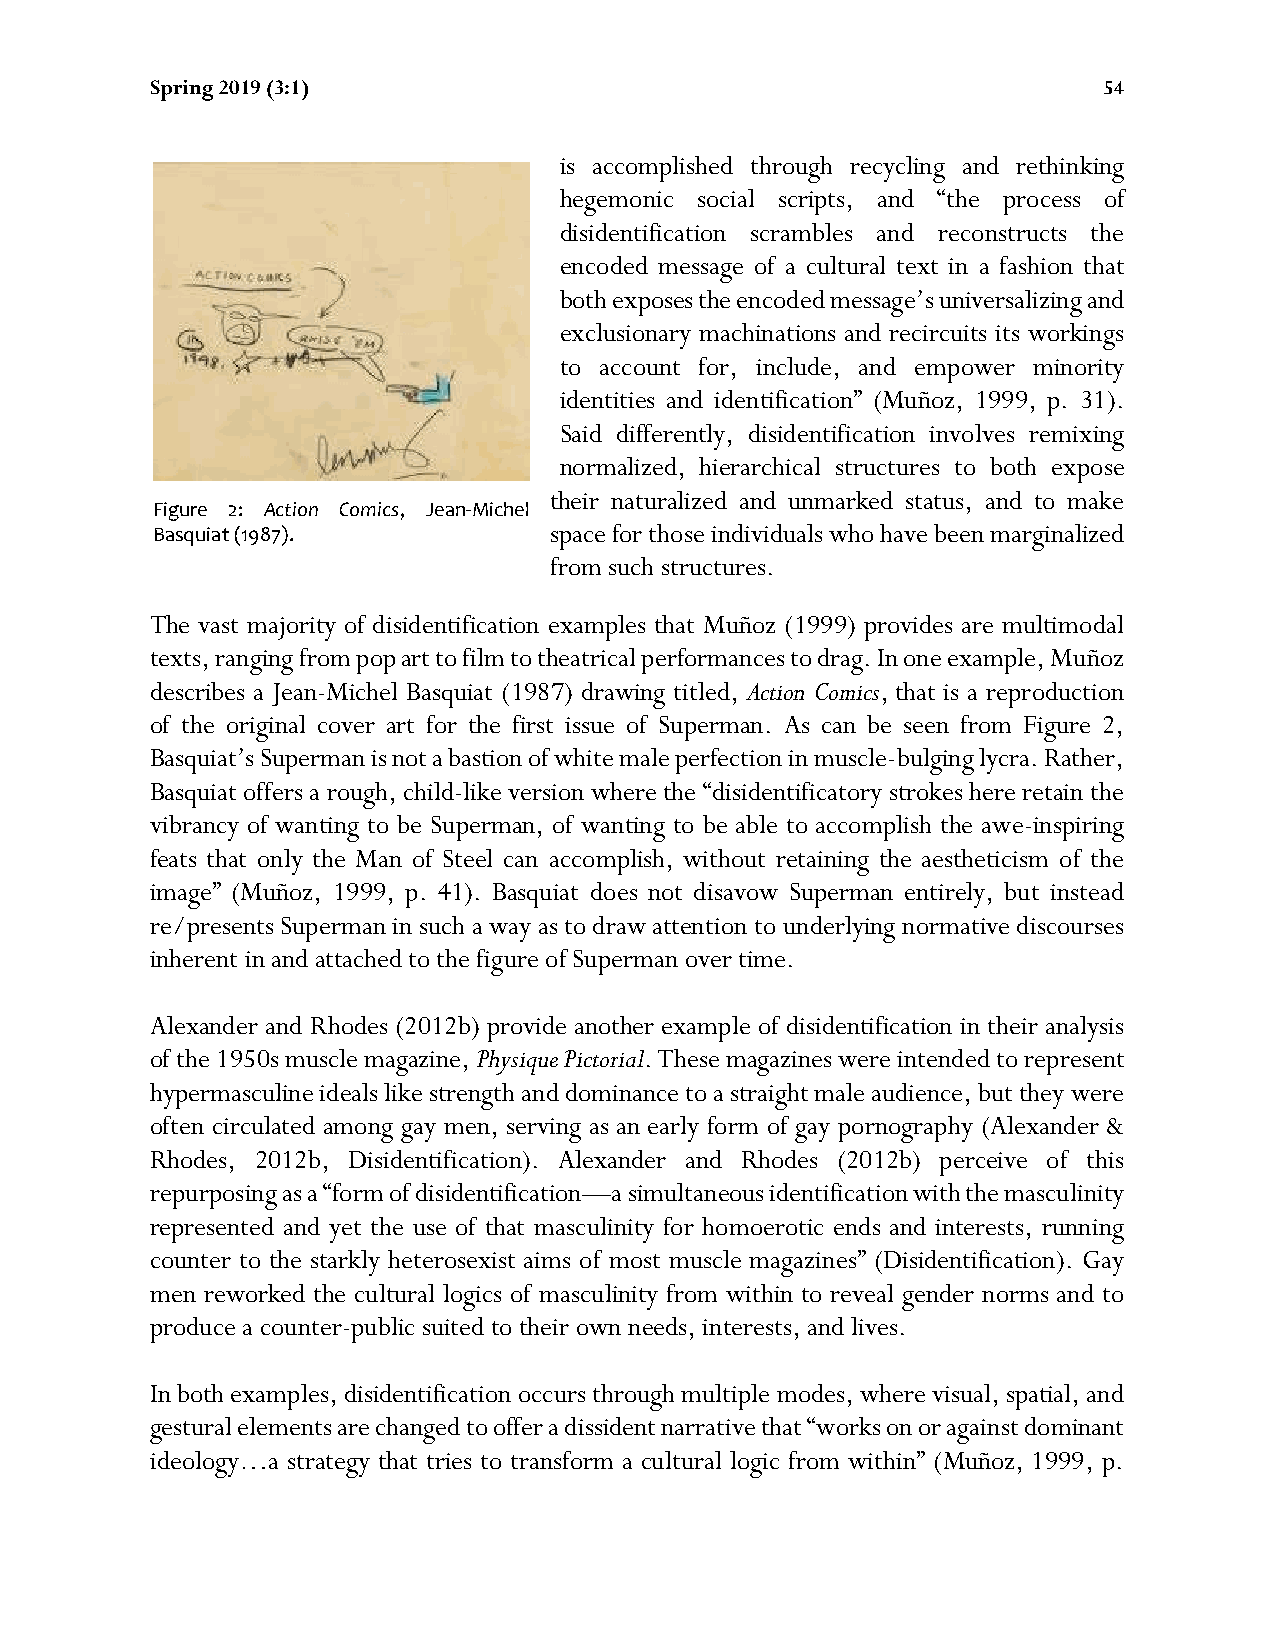
Spring 2019 (3:1)                                              54
 is accomplished through recycling and rethinking
 hegemonic social scripts, and “the process of
 disidentification scrambles and reconstructs the
 encoded message of a cultural text in a fashion that
 both exposes the encoded message’s universalizing and
 exclusionary machinations and recircuits its workings
 to account for, include, and empower minority
 identities and identification” (Muñoz, 1999, p. 31).
 Said differently, disidentification involves remixing
 normalized, hierarchical structures to both expose
 their naturalized and unmarked status, and to make
 Figure 2: Action Comics, Jean-Michel
 Basquiat (1987).          space for those individuals who have been marginalized
 from such structures.
 The vast majority of disidentification examples that Muñoz (1999) provides are multimodal
 texts, ranging from pop art to film to theatrical performances to drag. In one example, Muñoz
 describes a Jean-Michel Basquiat (1987) drawing titled, Action Comics, that is a reproduction
 of the original cover art for the first issue of Superman. As can be seen from Figure 2,
 Basquiat’s Superman is not a bastion of white male perfection in muscle-bulging lycra. Rather,
 Basquiat offers a rough, child-like version where the “disidentificatory strokes here retain the
 vibrancy of wanting to be Superman, of wanting to be able to accomplish the awe-inspiring
 feats that only the Man of Steel can accomplish, without retaining the aestheticism of the
 image” (Muñoz, 1999, p. 41). Basquiat does not disavow Superman entirely, but instead
 re/presents Superman in such a way as to draw attention to underlying normative discourses
 inherent in and attached to the figure of Superman over time.
 Alexander and Rhodes (2012b) provide another example of disidentification in their analysis
 of the 1950s muscle magazine, Physique Pictorial. These magazines were intended to represent
 hypermasculine ideals like strength and dominance to a straight male audience, but they were
 often circulated among gay men, serving as an early form of gay pornography (Alexander &
 Rhodes, 2012b, Disidentification). Alexander and Rhodes (2012b) perceive of this
 repurposing as a “form of disidentification—a simultaneous identification with the masculinity
 represented and yet the use of that masculinity for homoerotic ends and interests, running
 counter to the starkly heterosexist aims of most muscle magazines” (Disidentification). Gay
 men reworked the cultural logics of masculinity from within to reveal gender norms and to
 produce a counter-public suited to their own needs, interests, and lives.
 In both examples, disidentification occurs through multiple modes, where visual, spatial, and
 gestural elements are changed to offer a dissident narrative that “works on or against dominant
 ideology…a strategy that tries to transform a cultural logic from within” (Muñoz, 1999, p.